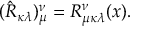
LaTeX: ( \hat { R } _ { \kappa \lambda } ) _ { \mu } ^ { \nu } = R _ { \mu \kappa \lambda } ^ { \nu } ( x ) .